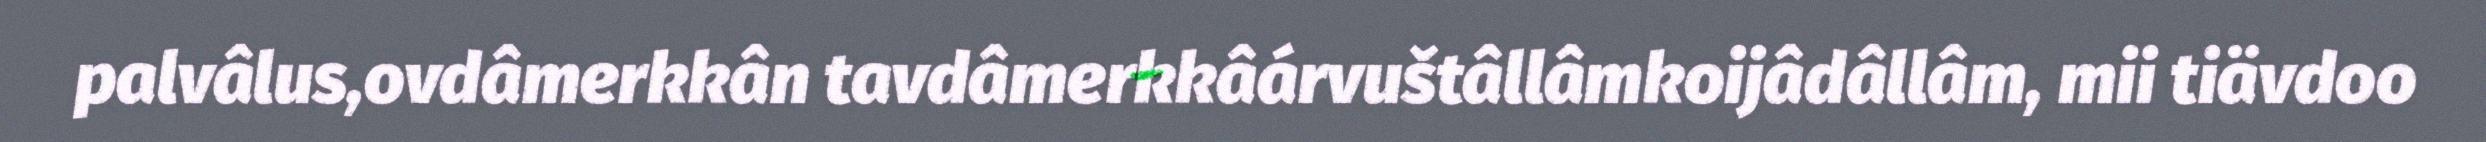
palvâlus,ovdâmerkkân tavdâmerkkâárvuštâllâmkoijâdâllâm, mii tiävdoo